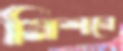
মিশনে